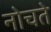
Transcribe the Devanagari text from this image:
नोचते